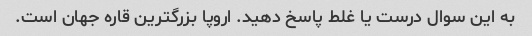
به این سوال درست یا غلط پاسخ دهید. اروپا بزرگترین قاره جهان است.